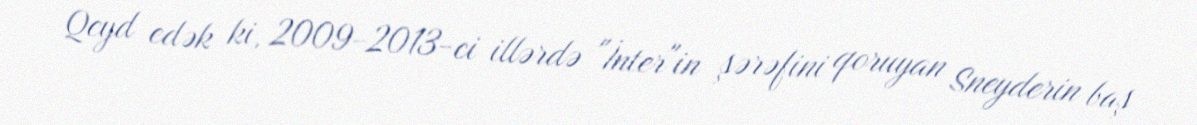
Qeyd edək ki, 2009-2013-ci illərdə "İnter"in şərəfini qoruyan Sneyderin baş